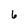
Character: 6